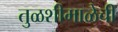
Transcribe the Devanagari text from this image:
तुळशीमाळेची